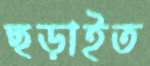
ছড়াইত